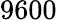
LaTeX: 9600